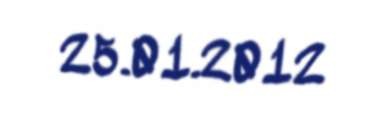
25.01.2012